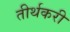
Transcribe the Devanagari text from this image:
तीर्थकरी